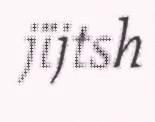
jïjtsh